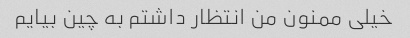
خیلی ممنون من انتظار داشتم به چین بیایم